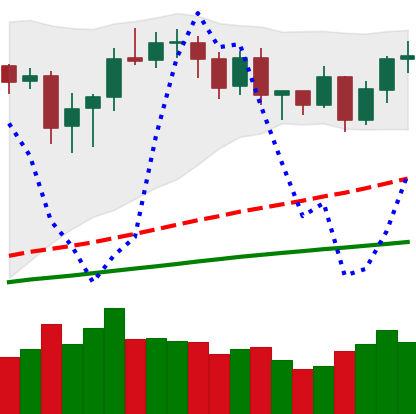
Ticker: BNB-USD
Chart end date: 2020-08-28
Forward return: 6.728%
Label: up_5_7